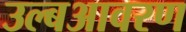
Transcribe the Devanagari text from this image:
उल्बआवरण